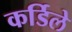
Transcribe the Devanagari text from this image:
कर्डिले